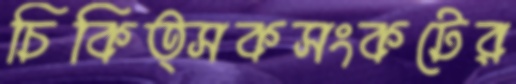
চিকিত্সকসংকটের